Indian Medical Review
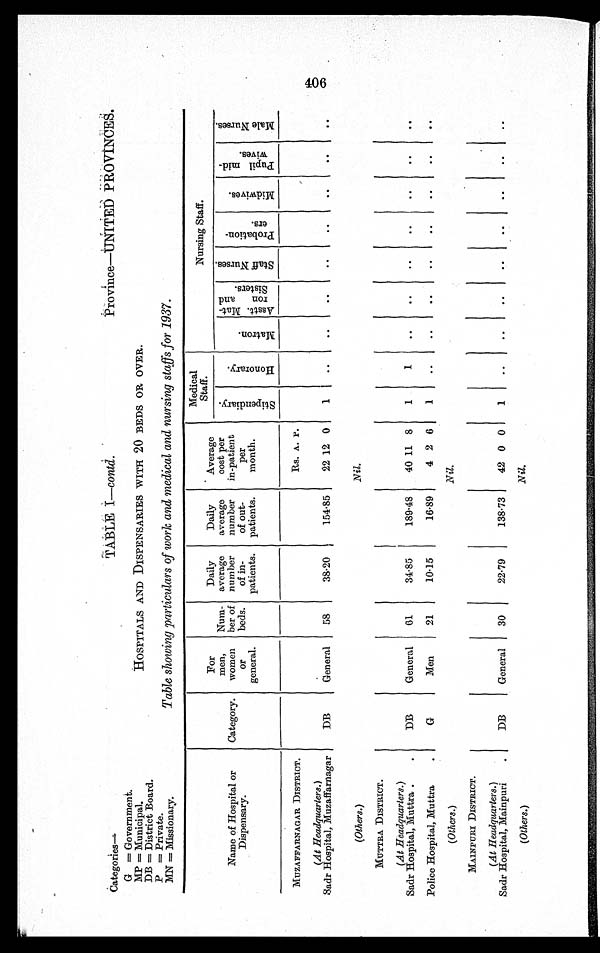
406
Categories—
G = Government.
MP = Municipal.
DB = District Board.
P = Private.
MN = Missionary.
Province—UNITED PROVINCES.
TABLE I—contd.
HOSPITALS AND DISPENSARIES WITH 20 BEDS OR OVER.
Table showing particulars of work and medical and nursing staffs for 1937.
Medical .
Staff.
Nursing Staff.
Name of Hospital or
Dispensary.
Category.
For
men,
women or
general.
Num-
ber of
beds.
Daily
average
number of in-
patients.
Daily
average
number of out-
patients.
Average cost per
in-patient per
month.
S t i p e n d i a r y .
H o n o r a r y . M a t r o n .
A s s t t . M a t - r o n a n d S i s t e r s .
S t a f f N u r s e s . P r o b a t i o n - e r s .
M i d w i v e s .
P u p i l m i d w i v e s . M a l e N u r s e s
MUZAFFARNAGAR DISTRICT.
Rs. A. P.
(At Headquarters.)
Sadr Hospital, Muzaffarnagar DB General 58 38.20 154.85 22 12 0 1 1
(Others.)
Nil.
MUTTRA DI STRI CT.
(At Headquarters.)
Sadr Hospital, Muttra.
DB General 61 34.85 189.48 40 11 8 1 1
Police Hospital, Muttra
G
Men 21 10.15
16.89 4 2 6 1
(Others.)
Nil.
MAINPURI DISTRICT.
(At Headquart ers. )
Sadr Hospital, Mainpuri
DB General 30 22.79 138.73 42 0 0 1
(Others.)
Nil.